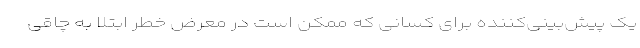
یک پیش‌بینی‌کننده برای کسانی که ممکن است در معرض خطر ابتلا به چاقی